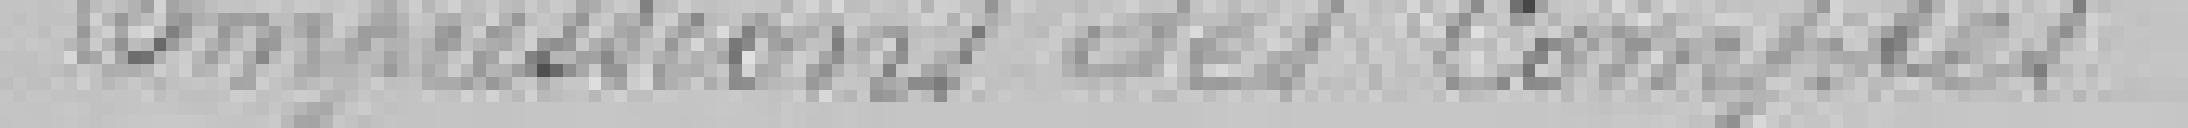
Impressions des comptes